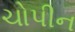
ચોપીન